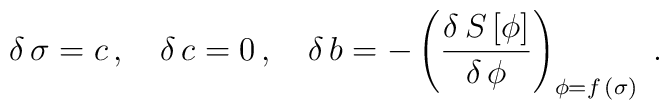
\delta \, \sigma = c \, , \quad \delta \, c = 0 \, , \quad \delta \, b = - \left(\frac{\delta \, S \,[\phi]}{\delta \, \phi}\right)_{\phi = f \, (\sigma)} \; .